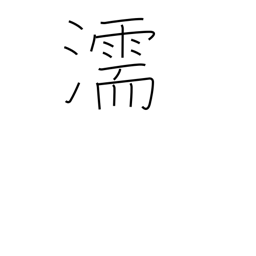
Meaning: damp